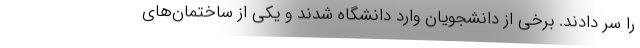
را سر دادند. برخی از دانشجویان وارد دانشگاه شدند و یکی از ساختمان‌های